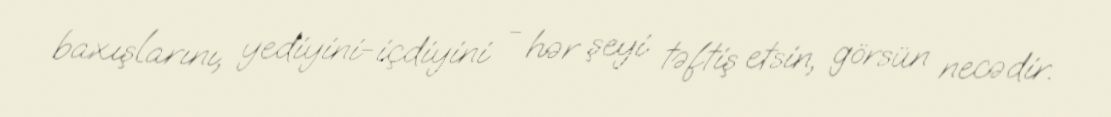
baxışlarını, yediyini-içdiyini - hər şeyi təftiş etsin, görsün necədir.